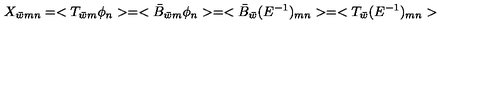
X _ { \bar { w } m n } = < T _ { \bar { w } m } \phi _ { n } > = < \bar { B } _ { \bar { w } m } \phi _ { n } > = < \bar { B } _ { \bar { w } } ( E ^ { - 1 } ) _ { m n } > = < T _ { \bar { w } } ( E ^ { - 1 } ) _ { m n } >